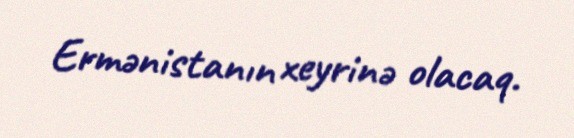
Ermənistanın xeyrinə olacaq.